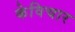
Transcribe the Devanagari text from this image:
केविचार